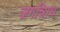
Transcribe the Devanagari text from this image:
जगन्नािथ